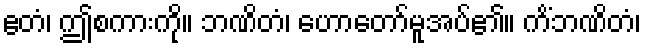
ဧတံ၊ ဤစကားကို။ ဘဏိတံ၊ ဟောတော်မူအပ်၏။ ကိံဘဏိတံ၊